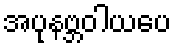
အပုနဗ္ဘဝါယပေ